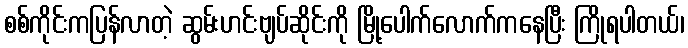
စစ်ကိုင်းကပြန်လာတဲ့ ဆွမ်းဟင်းဗျပ်ဆိုင်းကို မြို့ပေါက်လောက်ကနေပြီး ကြိုရပါတယ်၊